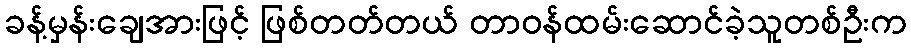
ခန့်မှန်းချေအားဖြင့် ဖြစ်တတ်တယ် တာဝန်ထမ်းဆောင်ခဲ့သူတစ်ဦးက